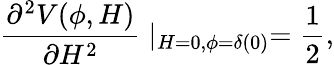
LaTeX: \frac{\partial^{2}V(\phi,H)}{\partial H^{2}}\mid_{H=0,\phi=\delta(0)}=\frac{1}{2},